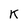
Character: K